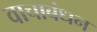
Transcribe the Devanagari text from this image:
वाचाबंधन